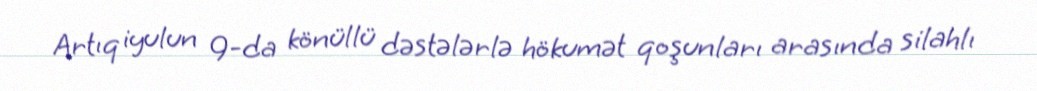
Artıq iyulun 9-da könüllü dəstələrlə hökumət qoşunları arasında silahlı